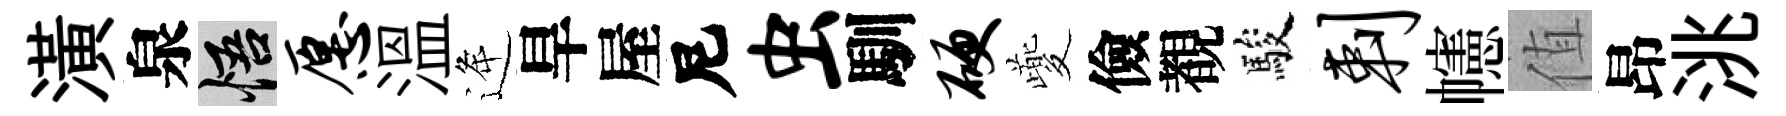
潢泉悟愿溫逄旱屋尼虫馴硬夔儉覩駿剌幰值昂洮